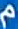
م